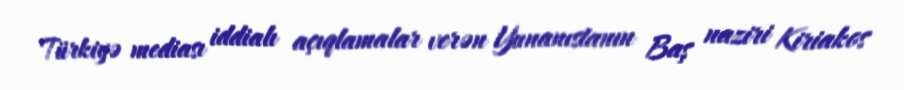
Türkiyə mediası iddialı açıqlamalar verən Yunanıstanın Baş naziri Kiriakos